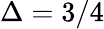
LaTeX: \Delta=3/4